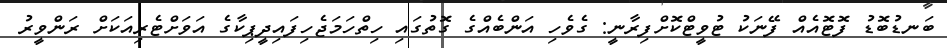
ބަނޑުބޮޑު ފޮޓޮއެއް ފޭނަކު ޓުވީޓްކޮށްފިރާނީ: ގެވެހި އަންބެއްގެ ގޮތުގައި ހިތްހަމަޖެހިފައިދީޕިކާގެ އަވަށްޓެރިއަކަށް ރަންވީރު